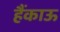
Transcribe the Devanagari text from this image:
हैंकाऊ